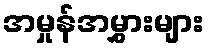
အမှုန်အမွှားများ